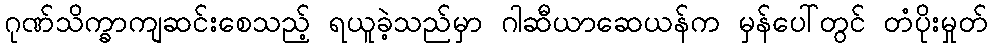
ဂုဏ်သိက္ခာကျဆင်းစေသည့် ရယူခဲ့သည်မှာ ဂါဆီယာဆေယန်က မှန်ပေါ်တွင် တံပိုးမှုတ်